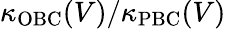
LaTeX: \kappa_{\mathrm{OBC}}(V)/\kappa_{\mathrm{PBC}}(V)